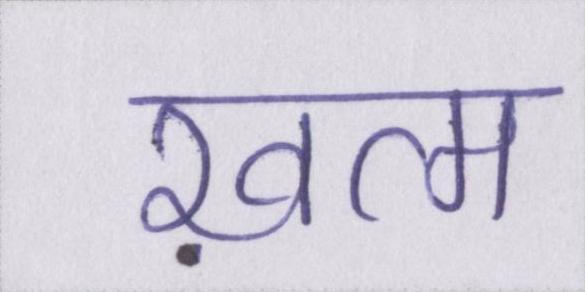
ख़त्म